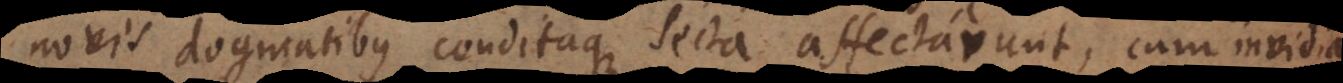
novis dogmatibus conditaque secta affectarunt, cum invidia